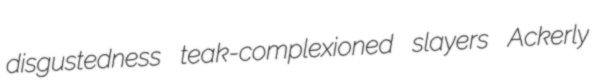
disgustedness teak-complexioned slayers Ackerly